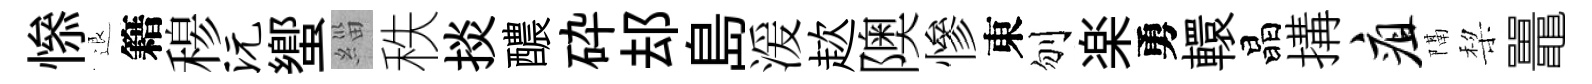
𢡖退籍𥠇沅蠁緇秩掞醲砕𨚫島湲趑隩慘東刎楽勇轘晶搆疽隔棃鼉